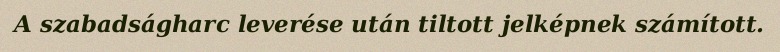
A szabadságharc leverése után tiltott jelképnek számított.